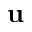
\mathbf { u }